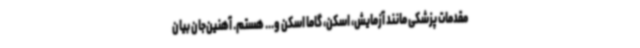
مقدمات پزشکی مانند آزمایش، اسکن، گاما اسکن و... هستم. آهنین‌جان بیان